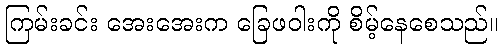
ကြမ်းခင်း အေးအေးက ခြေဖဝါးကို စိမ့်နေစေသည်။